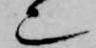
也